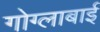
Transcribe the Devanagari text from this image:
गोग्लाबाई